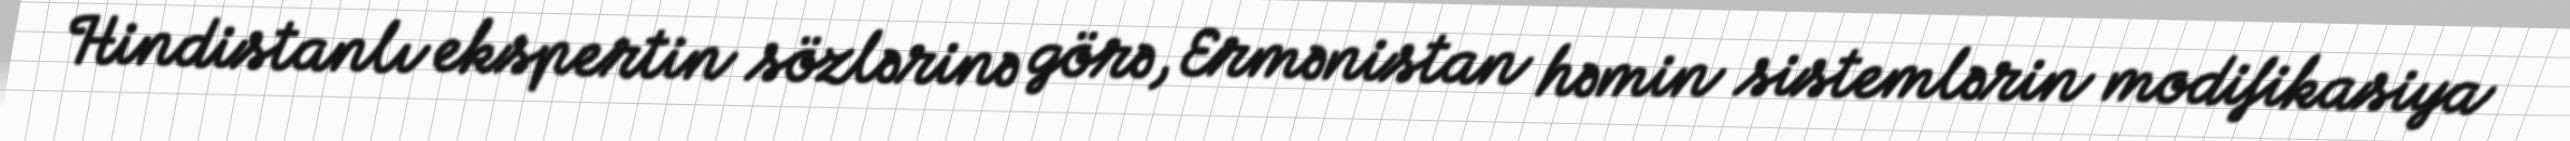
Hindistanlı ekspertin sözlərinə görə, Ermənistan həmin sistemlərin modifikasiya